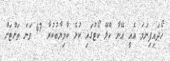
ހޯދައިފިނަމަ އެއީ އޭނާ ކްލޭ ކޯޓުގައި ކުޅެ ކާމިޔާބުކުރާ 47 ވަނަ ތަށްޓަށް